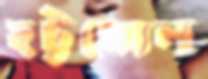
হট্টগোল